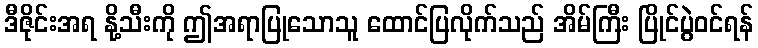
ဒီဇိုင်းအရ နို့သီးကို ဤအရာပြုသောသူ ထောင်ပြလိုက်သည် အိမ်ကြီး ပြိုင်ပွဲဝင်ရန်